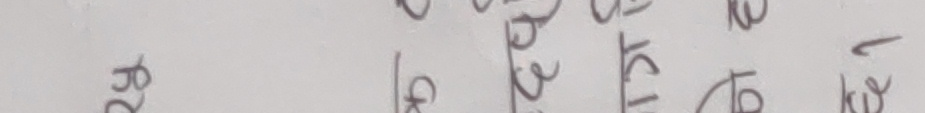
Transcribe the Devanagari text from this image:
र२
। अ
क्व
कत
कए